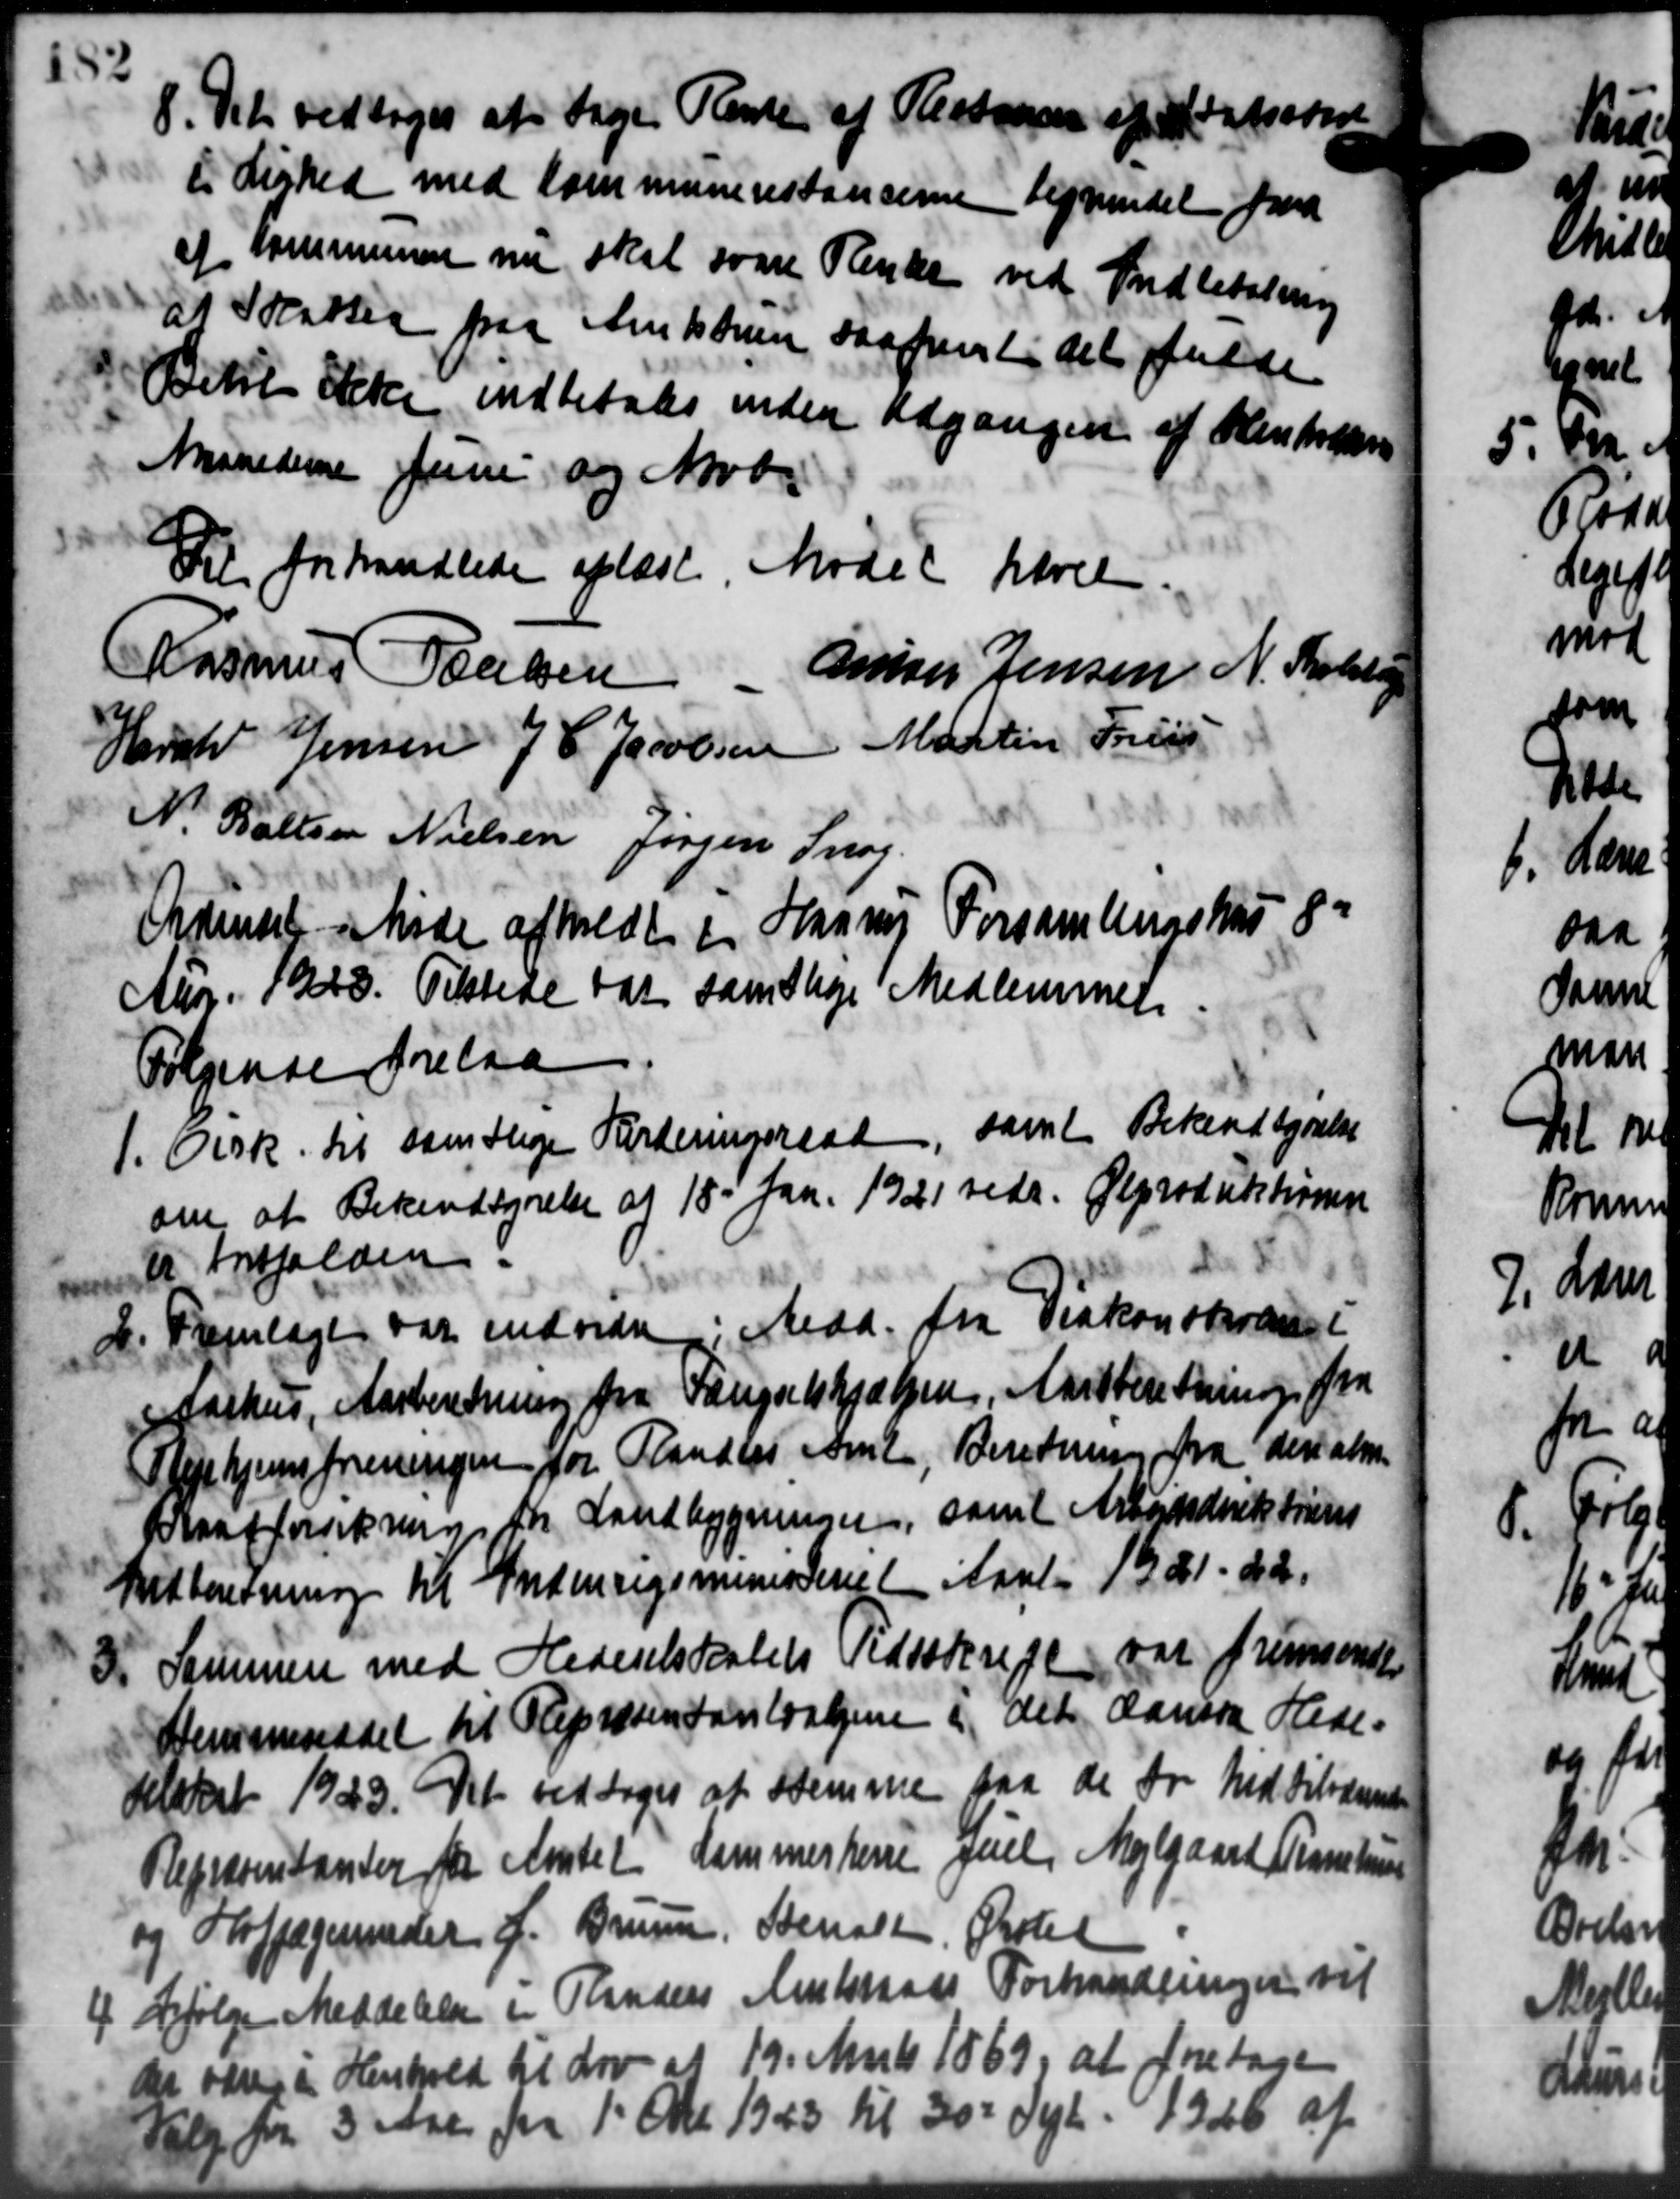
Transskription:
8. Det vedtoges at tage Rente af Restamen skal
8. Det vedtoges at tage Rente af Restamen skal krave
i Lighed med Kommunerestancerne befindet paa
af Kommunen nu skal svare Rente ved Indbetaling
at Solatten paa Amtstuen saafremtidet fulde
Betil ikke indbetales inden Udgangen af Henholm
Maanederne Juni og Novb
Til forhandlede oplæst Mødet havel
Rasmus Poulsen
Amner Jensen N. Skolestop
Harald Jensen J. C. Jacobsen Martin Friis
N. Pallsen Nielsen Jørgen Snog.
Odenset i Møde afholdt i Haarup Forsamlingshus 8
Abr. 1968. Tilstede var samtlige Medlemmer
Følgende forelaa
1. Cirk. det samtlige Vurderingsraad, samt Bekendtgørelse
1. Cirk. det samtlige Vurderingsraad, samt Bekendtgørelse
om at Bekendtgørelse af 15' Jan. 1921 vedr. Ølproduktionen
Kr Forfalden
d. Fremlagt var endvidre i Medd. fra Viakonstrene i
d. Fremlagt var endvidre i Medd. fra Viakonstrene i
Aarhus, Aarberedning fra Fængselshjælpen, Aarsberetning fra
Plejehjemsforeningen for Planders Amt, Beretning fra deri alm.
Baatforsikring for Landbygninger, samt Arbejdsdirektørens
Indberetning til Indenrigsministeriet Aaret 1921. 22.
3. Sammen med Hedeselskabets Tidsskrige var fremsendte
3. Sammen med Hedeselskabets Tidsskrige var fremsendte
Hemmeraadet til Repræsentanloatjene i det danske Hede-
selskab 1923. Det vedtoges at stemme paa de for hidtilværende
Repræsentanter fra Amtet dommerkene Juel, Mejlgaard Tronhus
og Hofjægerinder f. Bruun, Stenalt, Ørsted
4. Ifølge Meddelelse i Randers Amtsraads Forhandlinger vil
4. Ifølge Meddelelse i Randers Amtsraads Forhandlinger vil
der være i Henhold til Lov af 19. Marts 1869, at foretage
Valg for 3 Aar fra 1' Okt. 1943 til 30 Sept. 1926 af